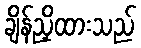
ချိန်ညှိထားသည်